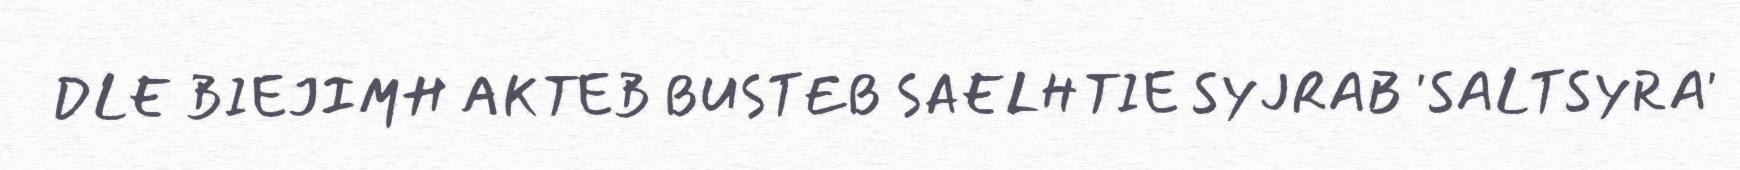
DLE BIEJIMH AKTEB BUSTEB SAELHTIE SYJRAB 'SALTSYRA'